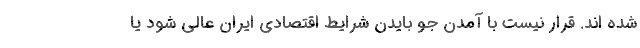
شده اند. قرار نیست با آمدن جو بایدن شرایط اقتصادی ایران عالی شود یا